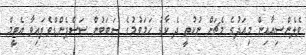
ވެލެންސިއާއިން މިއަދުގެ މެޗަށް ނުކުތީ ދެ ކާޑު ހަމަވުމުގެ ސަބަބުން ސަސްޕެންޑްވެފައިވާ އެޓީމް